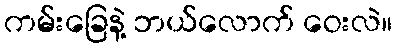
ကမ်းခြေနဲ့ ဘယ်လောက် ဝေးလဲ။